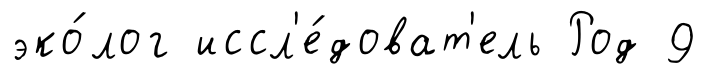
эко́лог иссл'е́доват'ель Род 9